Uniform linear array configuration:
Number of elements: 12
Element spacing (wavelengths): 0.75
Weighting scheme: binomial
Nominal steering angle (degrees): -60
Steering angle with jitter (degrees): -59.171
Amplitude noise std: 0.05
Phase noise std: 0.05

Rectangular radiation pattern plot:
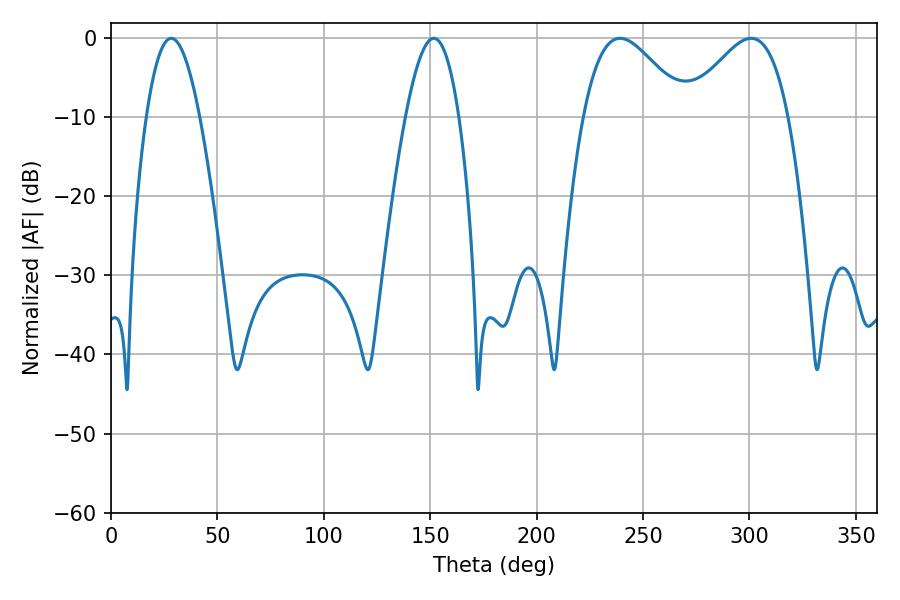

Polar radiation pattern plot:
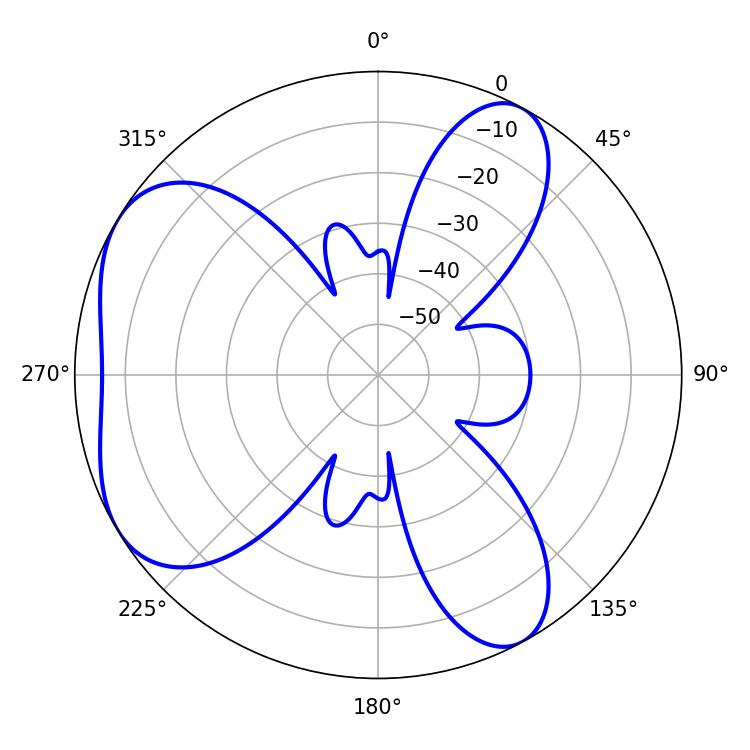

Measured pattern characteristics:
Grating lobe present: TRUE
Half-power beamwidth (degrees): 25.74
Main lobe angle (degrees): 239.22